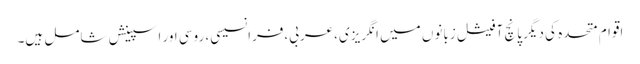
اقوام متحدہ کی دیگر پانچ آفیشل زبانوں میں انگریزی،عربی،فرانسیسی، روسی اور اسپینش شامل ہیں۔